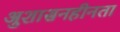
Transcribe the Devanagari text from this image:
अुशासनहीनता